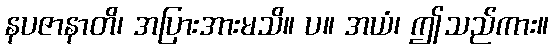
နပဇာနာတိ၊ အပြားအားမသိ။ ပ။ အယံ၊ ဤသည်ကား။